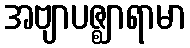
အဗျာပဇ္ဈာရာမာ